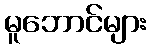
မူဘောင်များ